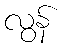
လွန်